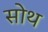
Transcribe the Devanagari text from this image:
सोथ